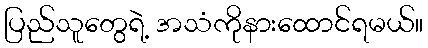
ပြည်သူတွေရဲ့ အသံကိုနားထောင်ရမယ်။